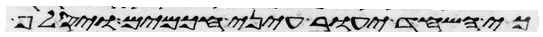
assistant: כי השחד יעור עיני חכמים ויסלף